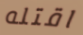
اقتله